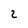
Character: 2